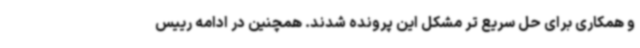
و همکاری برای حل سریع تر مشکل این پرونده شدند. همچنین در ادامه رییس